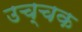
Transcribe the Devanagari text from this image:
उच्चक